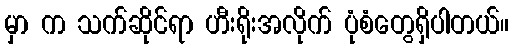
မှာ က သက်ဆိုင်ရာ ဟီးရိုးအလိုက် ပုံစံတွေရှိပါတယ်။